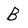
Character: B